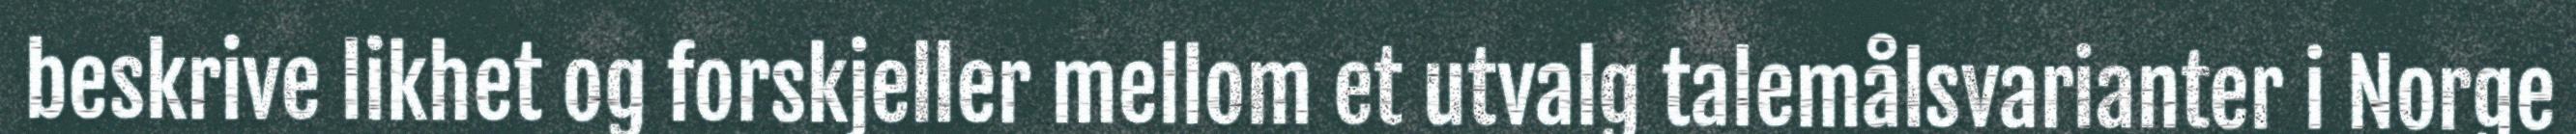
beskrive likhet og forskjeller mellom et utvalg talemålsvarianter i Norge